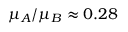
\mu _ { A } / \mu _ { B } \approx 0 . 2 8